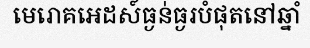
មេរោគអេដស៍ធ្ងន់ធ្ងរបំផុតនៅឆ្នាំ